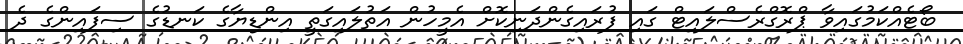
ބޯޓެއްކަމުގައިވާ ޕްރޮގްރެސްލައިޓް ގައި ފުރައިގެންދަނިކޮށް އެމީހުން އަތުލައިގަތީ އިންޑިޔާގެ ކަނޑުގެ ސިފައިންގެ ދެ